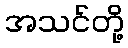
အသင်တို့